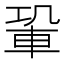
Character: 𨋑